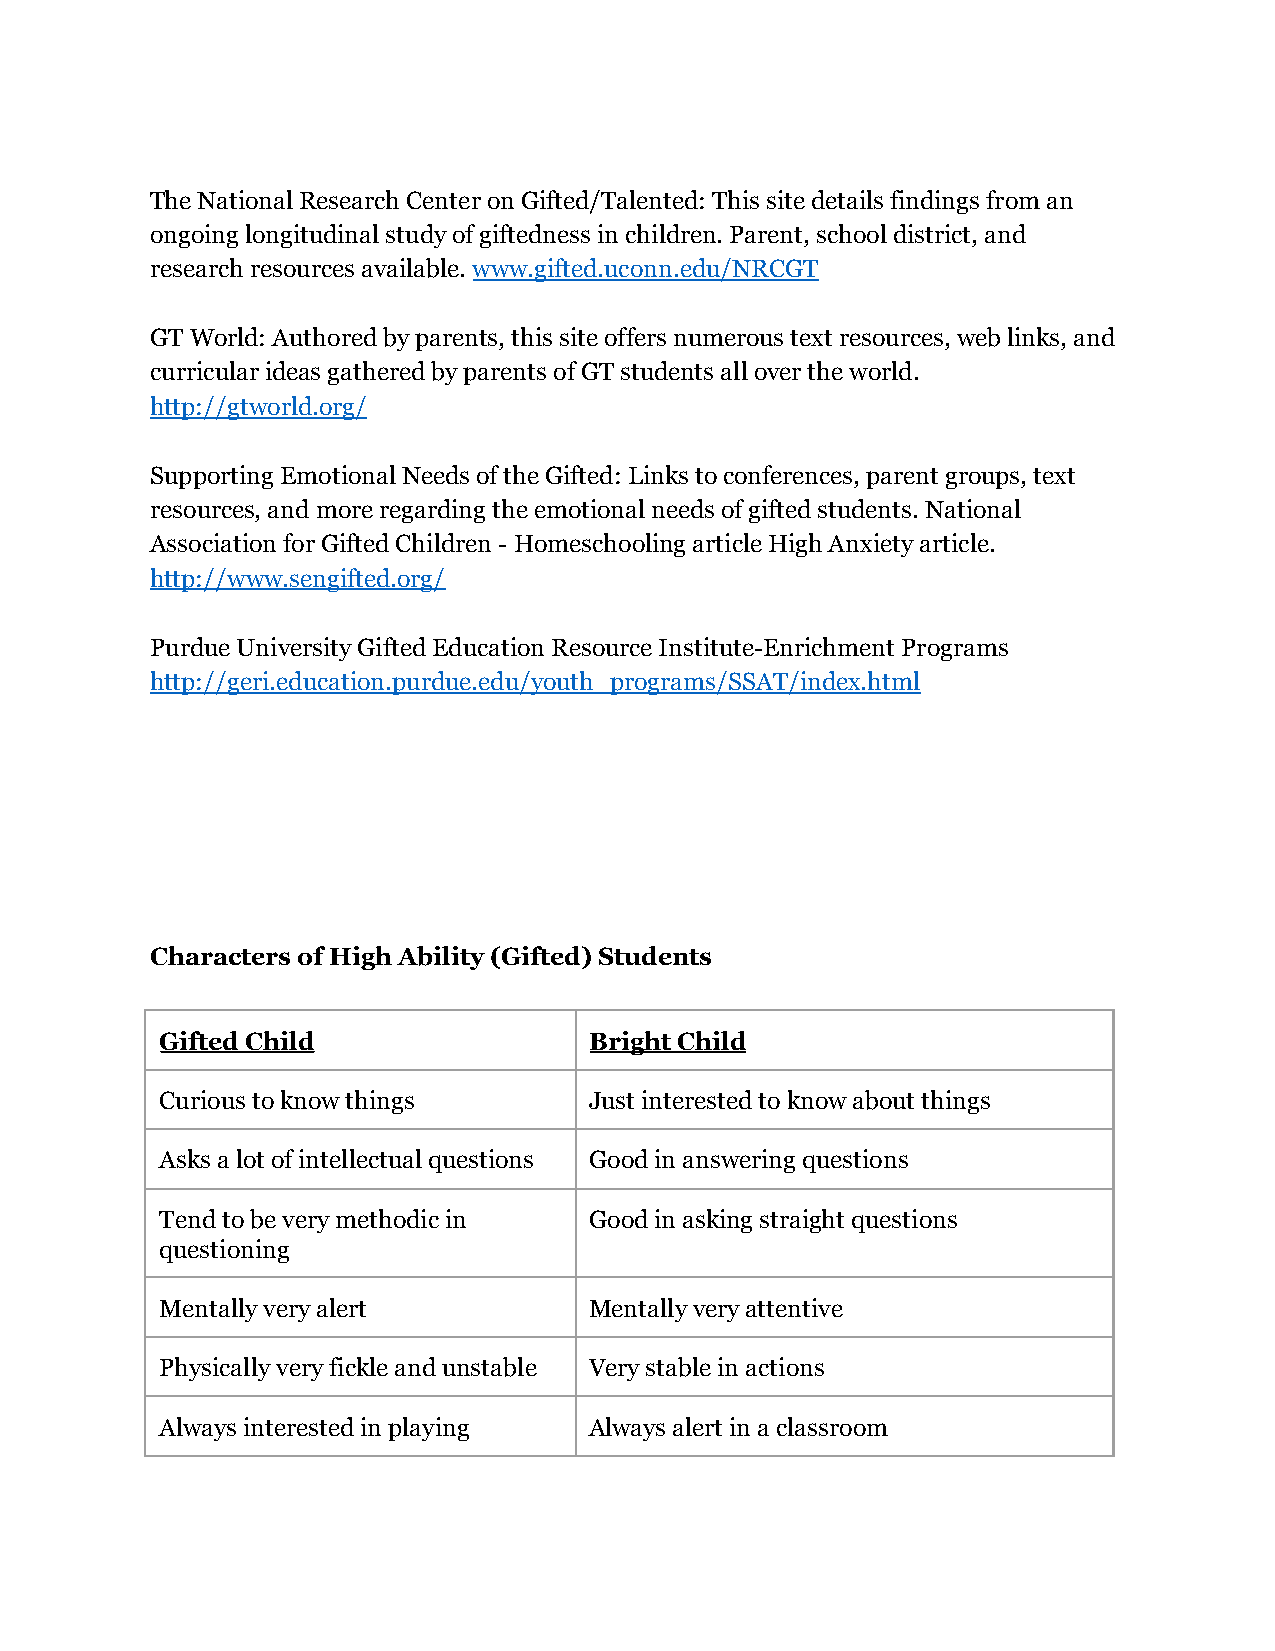
The National Research Center on Gifted/Talented: This site details findings from an
 ongoing longitudinal study of giftedness in children. Parent, school district, and
 research resources available.www.gifted.uconn.edu/NRCGT
 GT World: Authored by parents, this site offers numerous text resources, web links, and
 curricular ideas gathered by parents of GT students all over the world.
 http://gtworld.org/
 Supporting Emotional Needs of the Gifted: Links to conferences, parent groups, text
 resources, and more regarding the emotional needs of gifted students. National
 Association for Gifted Children - Homeschooling article High Anxiety article.
 http://www.sengifted.org/
 Purdue University Gifted Education Resource Institute-Enrichment Programs
 http://geri.education.purdue.edu/youth_programs/SSAT/index.html
 Characters of High Ability (Gifted) Students
 Gifted Child                Bright Child
 Curious to know things      Just interested to know about things
 Asks a lot of intellectual questions Good in answering questions
 Tend to be very methodic in Good in asking straight questions
 questioning
 Mentally very alert         Mentally very attentive
 Physically very fickle and unstable Very stable in actions
 Always interested in playing Always alert in a classroom